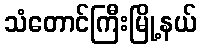
သံတောင်ကြီးမြို့နယ်